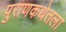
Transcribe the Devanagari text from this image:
पुराणकथेतला